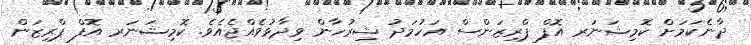
ދާނެކަމަށް ކޮމިޝަނަރ އޮފް ޕްރިޒަންސް އަހުމަދު ޝިރުހާން ވިދާޅުވެއްޖެއެވެ. ކޮމިޝަނަރ އޮފް ޕްރިޒަން